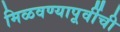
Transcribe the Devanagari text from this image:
मिळवण्यापूर्वीची